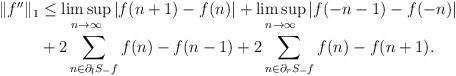
LaTeX: \begin{align*}\begin{aligned}\|f''\|_1 &\leq \limsup_{n\rightarrow \infty}|f(n+1)-f(n)| +\limsup_{n\rightarrow \infty} |f(-n-1)-f(-n)| \\ &+ 2\sum_{n\in \partial_l S_-f}f(n)-f(n-1) + 2\sum_{n\in \partial_r S_-f}f(n)-f(n+1).\end{aligned}\end{align*}